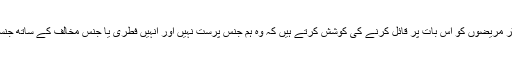
یہ علاج کرنے والے ڈاکٹر مریضوں کو اس بات پر قائل کرنے کی کوشش کرتے ہیں کہ وہ ہم جنس پرست نہیں اور انہیں فطری یا جنسِ مخالف کے ساتھ جنسی تعلق کو آزمانا چاہیے۔